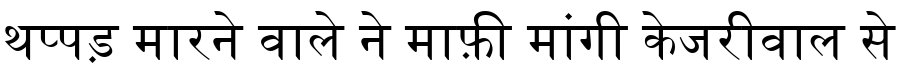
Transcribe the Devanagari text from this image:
थप्पड़ मारने वाले ने माफ़ी मांगी केजरीवाल से